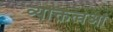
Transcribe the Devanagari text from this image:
व्यक्तित्वओं